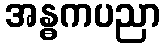
အန္ဓကပညာ